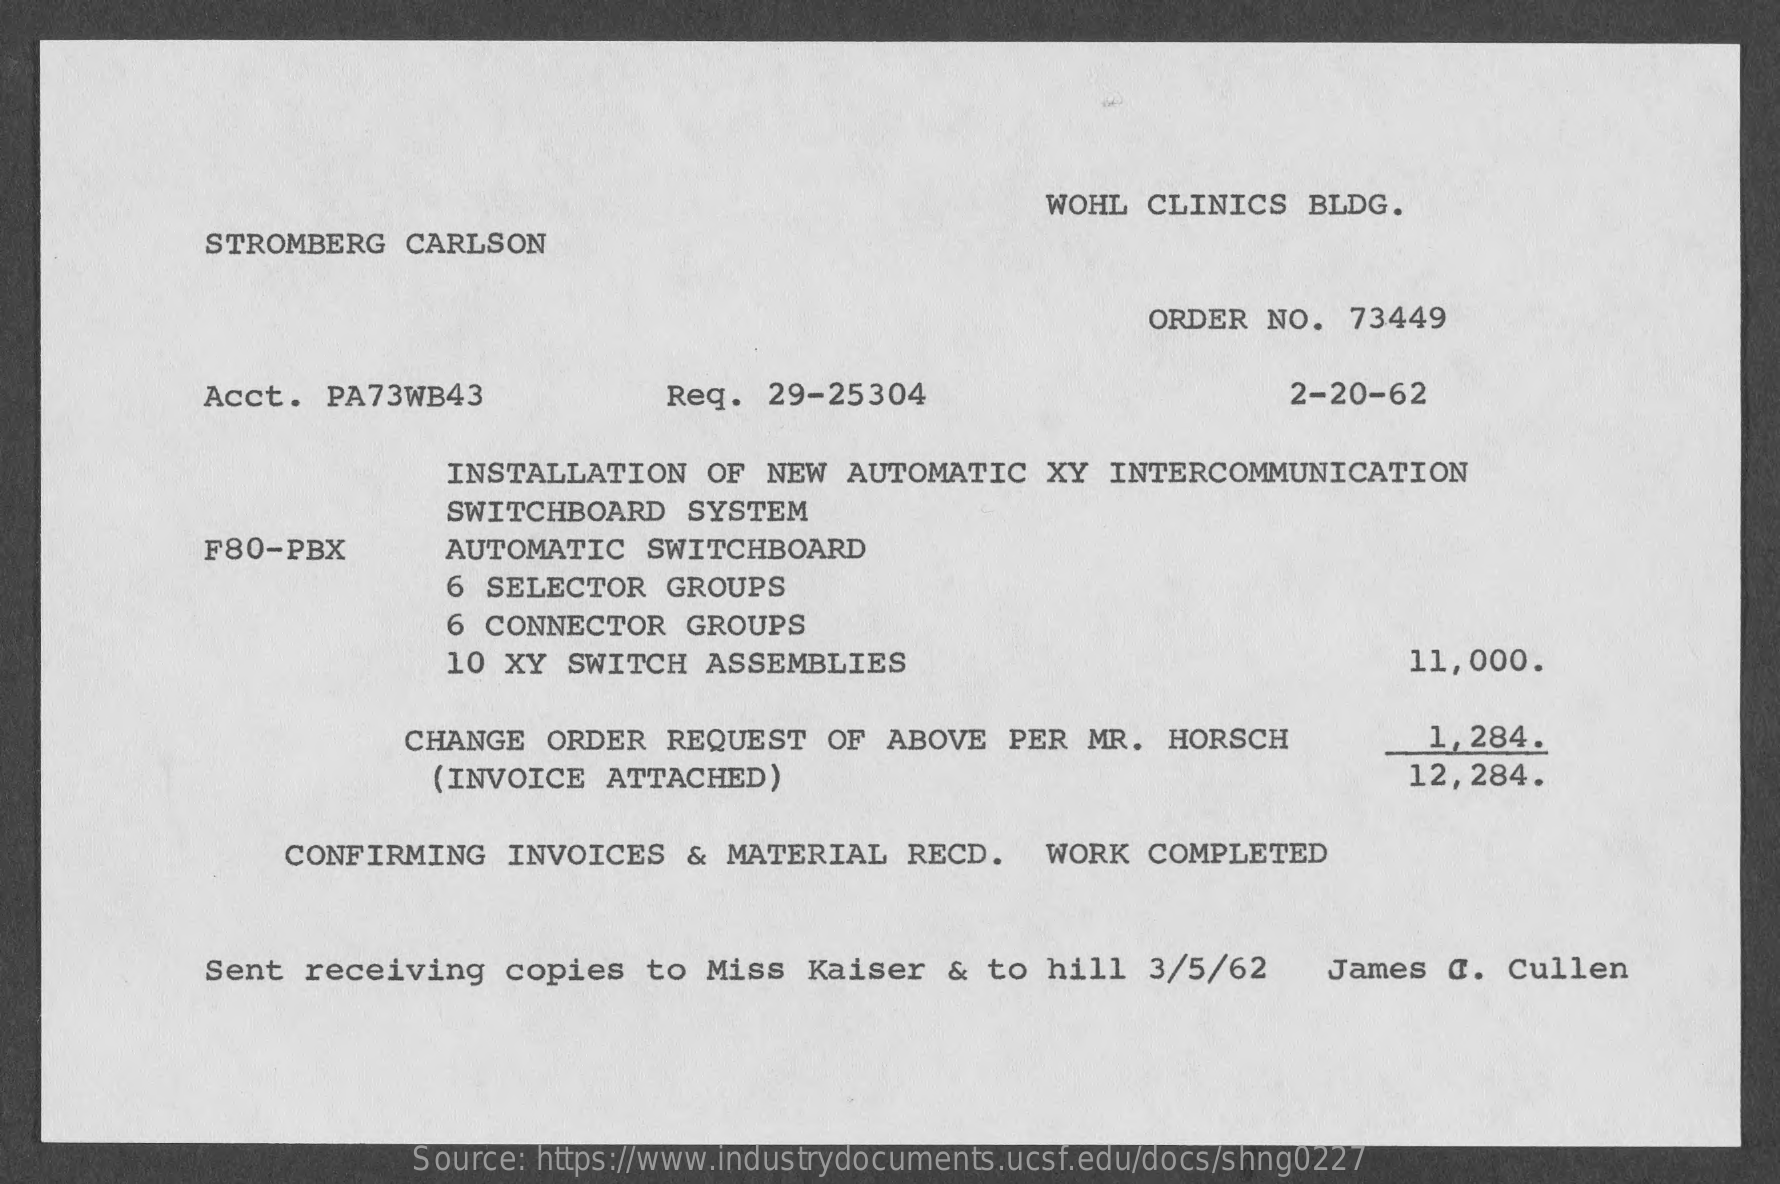
WOHL  CLINICS   BLDG.
     STROMBERG   CARLSON
     ORDER  NO.   73449
     Acct.  PA73WB43    Reg.  29-25304    2-20-62
     INSTALLATION    OF NEW  AUTOMATIC    XY  INTERCOMMUNICATION
     SWITCHBOARD    SYSTEM
     F80-PBX    AUTOMATIC   SWITCHBOARD
     6 SELECTOR   GROUPS
     6 CONNECTOR    GROUPS
     10 XY  SWITCH   ASSEMBLIES    11,000.
     CHANGE   ORDER  REQUEST   OF  ABOVE  PER  MR.  HORSCH    1,284.
     (INVOICE   ATTACHED)    12,284.
     CONFIRMING   INVOICES    & MATERIAL   RECD.    WORK  COMPLETED
     Sent  receiving   copies   to  Miss  Kaiser   & to  hill  3/5/62    James   @. Cullen
     Source: https://www.industrydocuments.ucsf.edu/docs/shng0227